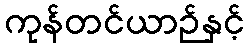
ကုန်တင်ယာဉ်နှင့်